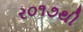
ર૦૧૭થી